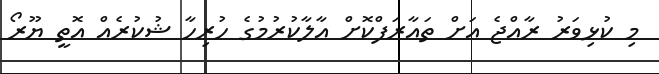
މި ކުޅިވަރު ރާއްޖެ އަށް ތައާރަފްކޮށް އާލާކުރުމުގެ ހުރިހާ ޝުކުރެއް އޮތީ ޔޫރޯ